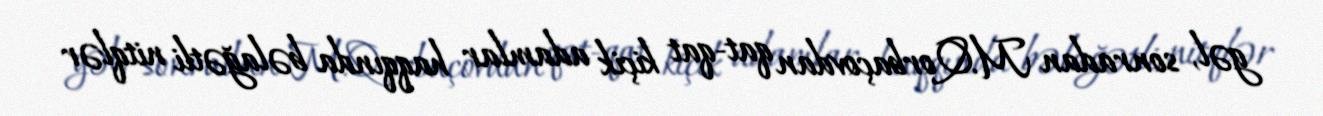
gəl, sonradan M.Qorbaçovdan qat-qat kiçik adamlar haqqında bəlağətli nitqlər